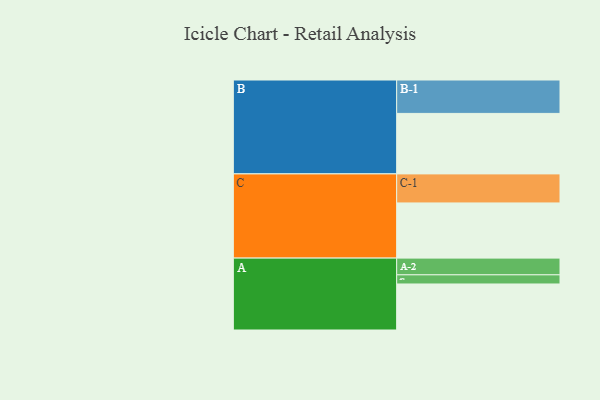
{"axis": {"x": "Segment", "y": "Value"}, "legend": ["", "A", "B", "C"], "data": [{"x": "A", "y": 347, "type": ""}, {"x": "B", "y": 456, "type": ""}, {"x": "C", "y": 416, "type": ""}, {"x": "A-1", "y": 69, "type": "A"}, {"x": "A-2", "y": 126, "type": "A"}, {"x": "B-1", "y": 252, "type": "B"}, {"x": "C-1", "y": 219, "type": "C"}]}